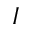
I